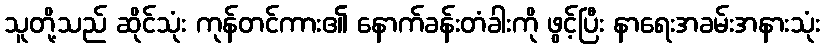
သူတို့သည် ဆိုင်သုံး ကုန်တင်ကား၏ နောက်ခန်းတံခါးကို ဖွင့်ပြီး နာရေးအခမ်းအနားသုံး